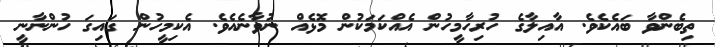
ތިބެންވާ ބައެކެވެ. އާއިލާގެ ހުރިހާމީހުން އެއްކަމަކުން މޮޅެއް ނުވާނެއެވެ. އެކިމީހުން ގައިގަ ހުންނާނީ